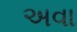
અવા